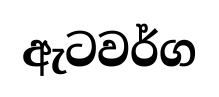
ඇටවර්ග